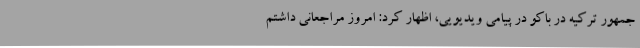
جمهور ترکیه در باکو در پیامی ویدیویی، اظهار کرد: امروز مراجعانی داشتم